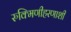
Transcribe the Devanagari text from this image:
रुक्मिणीहरणाशी